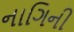
નાગિની